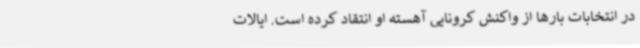
در انتخابات بارها از واکنش کرونایی آهسته او انتقاد کرده است. ایالات